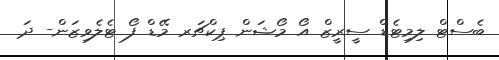
ބެސްޓް ލިމިޓެެޑް ސީރީޒް އޯ މޯޝަން ޕިކްޗަރ މޭޑް ފޯ ޓެލެވިޒަން- ދަ